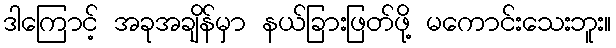
ဒါကြောင့် အခုအချိန်မှာ နယ်ခြားဖြတ်ဖို့ မကောင်းသေးဘူး။